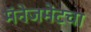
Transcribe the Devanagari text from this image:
मॅनेजमेंटचा